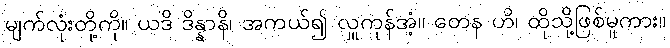
မျက်လုံးတို့ကို။ ယဒိ ဒိန္နာနိ၊ အကယ်၍ လှူကုန်အံ့။ တေန ဟိ၊ ထိုသို့ဖြစ်မူကား။